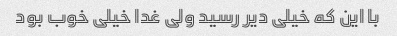
با این که خیلی دیر رسید ولی غدا خیلی خوب بود